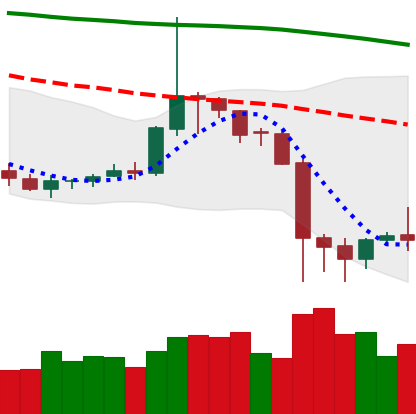
Ticker: DOGE-USD
Chart end date: 2019-09-29
Forward return: 6.163%
Label: up_5_7